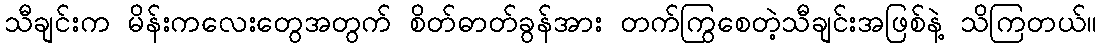
သီချင်းက မိန်းကလေးတွေအတွက် စိတ်ဓာတ်ခွန်အား တက်ကြွစေတဲ့သီချင်းအဖြစ်နဲ့ သိကြတယ်။